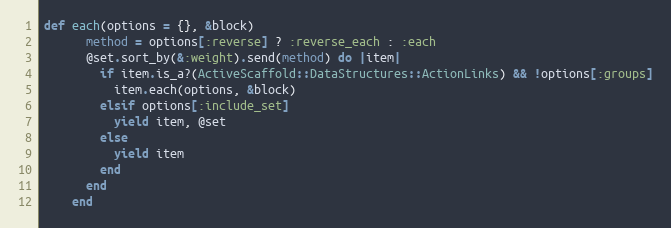
Language: Ruby
def each(options = {}, &block)
      method = options[:reverse] ? :reverse_each : :each
      @set.sort_by(&:weight).send(method) do |item|
        if item.is_a?(ActiveScaffold::DataStructures::ActionLinks) && !options[:groups]
          item.each(options, &block)
        elsif options[:include_set]
          yield item, @set
        else
          yield item
        end
      end
    end